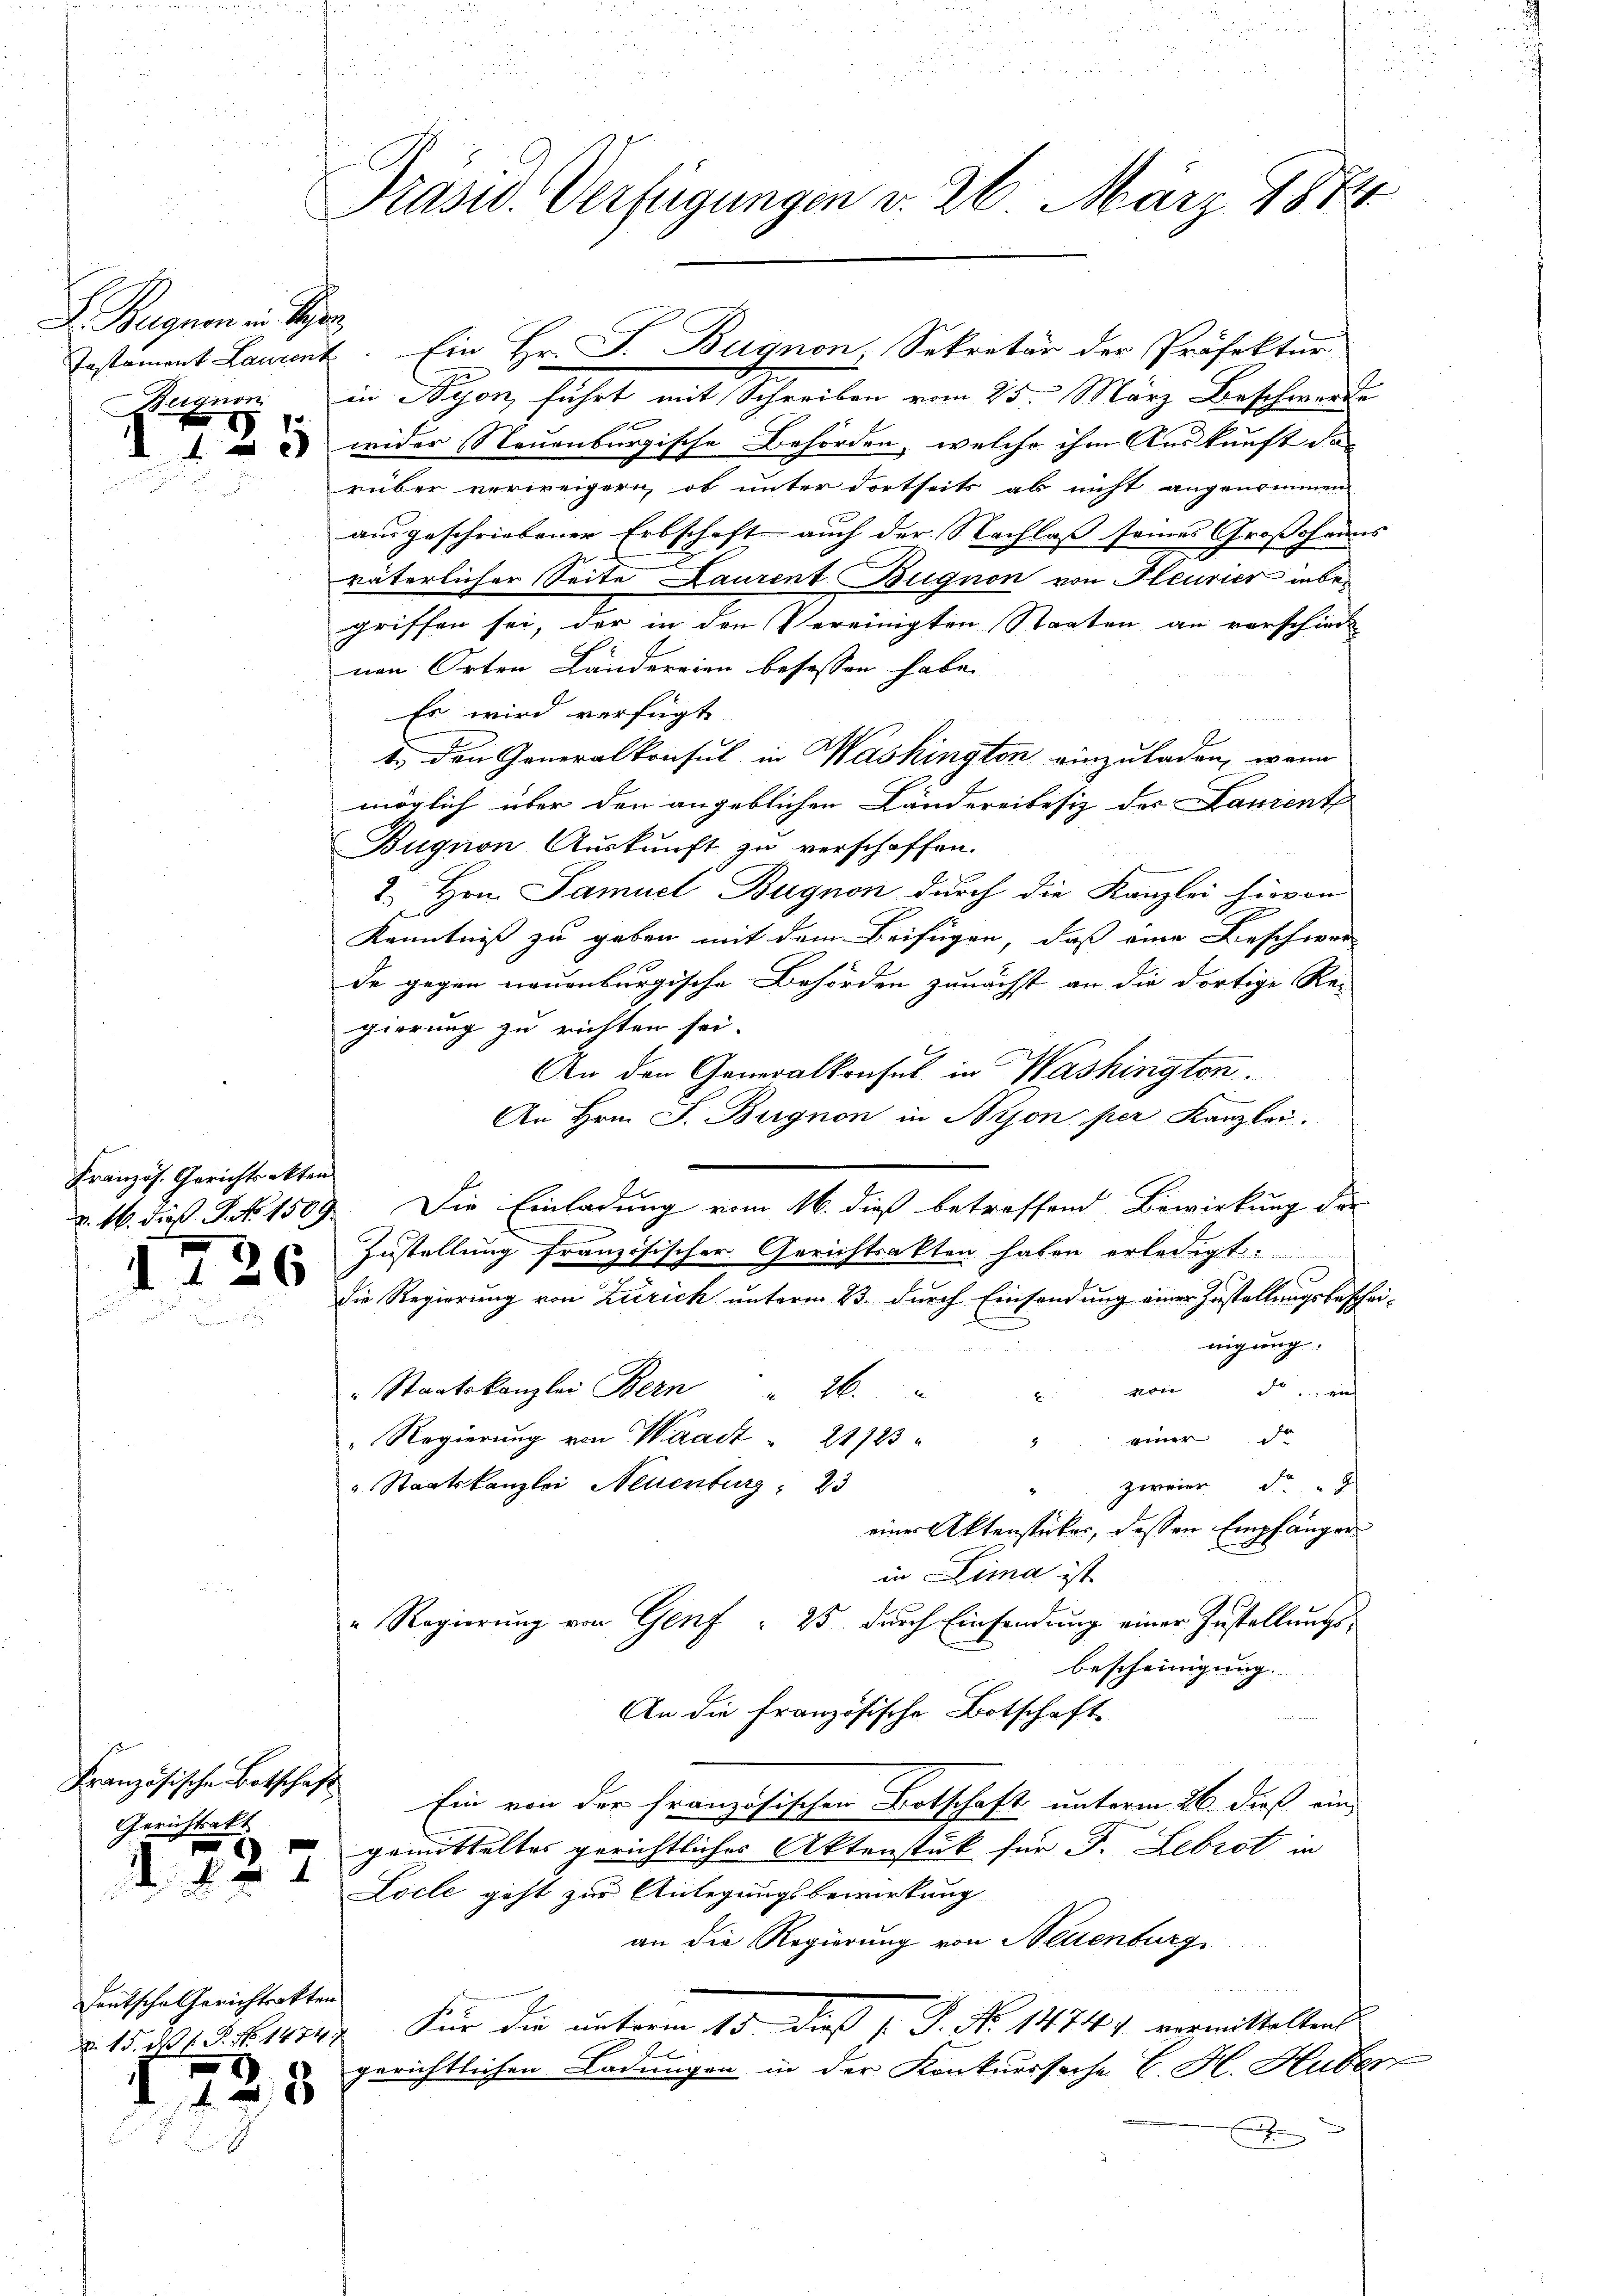
F. Begnen in Segen
Buignon

e
125

Französ. Gerichtsakten

d

Gerichtsakt

27

Deutsche Gerichtsakten
 408

26

Präsid. Verfügungen d. 26. März 1874

in Segen, führt mit Schreiben vom 25. März Beschwerde
wider Neuenburgische Behörden, welche ihm Auskunft das
rüber verweigern, ob unter dortseits ab nicht angenommen
ausgeschriebener Erbschaft auch der Nachlaß seines Großsohanns |
väterlicher Seite Laurent Bugnon von Pleurier inbegriffen sei, der in den Vereinigten Staaten an vorschied
nen Orten Länderrien besessen habe.
Es wird verfügt
. den Generalkonsul in Washington einzuladen, wenn
möglich über den angeblichen Ländereibesiz des Danient
Bugnon Aŭskŭnft zŭ verschaffen.
2. Hrn. Samuel Bugnon durch die Kanzlei hievon
Kenntniß zu geben mit dem Beifügen, daß eine Beschwer
de gegen neuenburgische Behörden zunächst an die dortige Re-
gierung zu richten sei.
An den Generalkonsul in Washington.
An Hrn. J. Bugnon in Bron, per Kanzlei.
v. 16. dieß J. No. 1509. Die Einladung vom 16. dieß betreffend Bewirkung der
Zustellung französischer Gerichtsakten haben erledigt.
die Regierung von Zürich unterm 23. durch Einsendung einer Zustellungsbeschei-
nigung.
u von Fr. ein
" Staatskanzlei Bern " 26.
" Regierŭng von Waadt " 21723 " " " einer di
u Staatskanzlei Neuenburg  23
zweier
einer Aktenstücker, dessen Empfänger
in Lima ist
" Regierung von Genf : 25 durch Einsendung einer Zustellungsbescheinigung.
An die französische Botschaft
Französische Botschaft Ein von der Französischen Botschaft unterm 26. dieß ein
gemitteltes gerichtliches Aktenstück für F. Lebrot in
Locle geht zur Anlegungsbewirkung
an die Regierung von Neuenburg
§. 15. d. 15. No. 1874. Für die unterm 15. dieß P. No 1474 vermittelten
gerichtlichen Ladungen in der Konkurssache E. H. Huber

Testament Laurent. Ein Hr. J. Bugnon, Sekretär der Präfektur